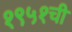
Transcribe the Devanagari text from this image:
१९५१ची